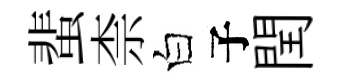
蜚柰白子閏